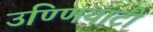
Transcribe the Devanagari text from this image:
उण्णियाटी